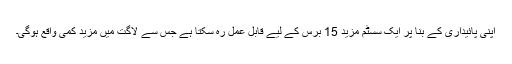
اپنی پائیداری کے بنا پر ایک سسٹم مزید 15 برس کے لیے قابلِ عمل رہ سکتا ہے جس سے لاگت میں مزید کمی واقع ہوگی۔